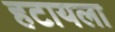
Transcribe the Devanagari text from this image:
हटायला